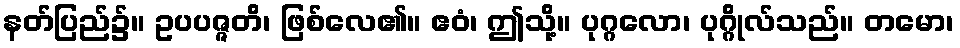
နတ်ပြည်၌။ ဥပပဇ္ဇတိ၊ ဖြစ်လေ၏။ ဧဝံ၊ ဤသို့။ ပုဂ္ဂလော၊ ပုဂ္ဂိုလ်သည်။ တမော၊